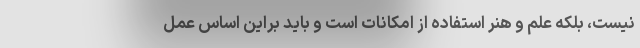
نیست، بلکه علم و هنر استفاده از امکانات است و باید براین اساس عمل